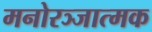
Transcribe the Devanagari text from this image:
मनोरञ्जात्मक